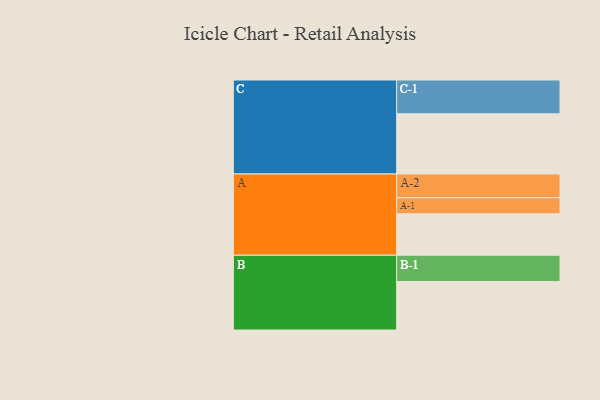
{"axis": {"x": "Segment", "y": "Value"}, "legend": ["", "A", "B", "C"], "data": [{"x": "A", "y": 366, "type": ""}, {"x": "B", "y": 429, "type": ""}, {"x": "C", "y": 532, "type": ""}, {"x": "A-1", "y": 142, "type": "A"}, {"x": "A-2", "y": 210, "type": "A"}, {"x": "B-1", "y": 232, "type": "B"}, {"x": "C-1", "y": 299, "type": "C"}]}